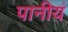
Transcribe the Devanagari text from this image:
पानीयं